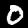
Digit: 0